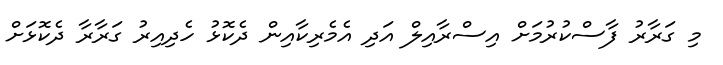
މި ގަރާރު ފާސްކުރުމަށް އިސްރާއިލް އަދި އެމެރިކާއިން ދެކޮޅު ހެދިއިރު ގަރާރާ ދެކޮޅަށް